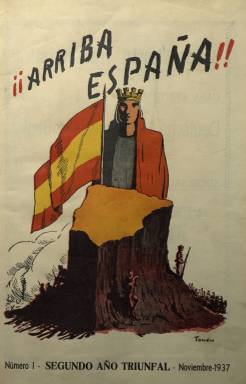
Título: ¡Arriba España! (Lima)
Colección: Guerra civil
Ámbito geográfico: Perú
Lugar de publicación: Lima
Fechas: 01/11/1937-30/06/1938

Esta revista de periodicidad mensual es una ‘rara avis’ de la época de la Guerra Civil española. Se trata de una publicación del bando nacionalista editada en Lima por el llamado Órgano de los Españoles Nacionalistas del Perú. La colonia española en el Perú no era muy grande, pero mayoritariamente se inclinó por el bando nacional al inicio de la contienda. La componían en su mayor parte profesiones liberales, comerciantes y representantes de firmas empresariales.

  La publicación comenzó a editarse en noviembre de 1937 cuando la guerra duraba ya 15 meses y los nacionales habían logrado conquistar la zona norte de España. Mes a mes, en todos los números de la revista pueden verse balances de la contienda con mapas que delinean los límites territoriales del bando nacional y la zona roja, como es llamado siempre el bando republicano.

   Su título, ¡Arriba España!, está tomado del lema ideado por el fundador de la Falange, José Antonio Primo de Rivera, a quien la revista le dedicará panegíricos en casi todos sus números, citándole como El Ausente, dado su fusilamiento en Alicante en los primeros meses de la guerra. En el primer número podrá verse el himno y partitura de la Falange, el Cara al Sol, composición en la que también José Antonio tuvo una participación destacada.

   Lógicamente, las páginas dedicadas a Franco, el Caudillo, ocuparán amplio espacio en la publicación, no habiendo número en el que no aparezca su figura y alabanzas a su acción como conductor del ejército victorioso.

 Aparte de los contenidos relacionados con la guerra, que ocupan la mayor parte de las páginas, pueden leerse también grandes reportajes, incluso con continuación en el número siguiente, como uno dedicado a la España rural y a las producciones agrarias españolas, en las que podemos leer, por ejemplo, como España era ya el primer productor mundial de aceite de oliva.

La única página en color de la revista era la cubierta, aunque en ocasiones también alguna hoja interior. Casi todos los números en posesión de la Biblioteca Nacional constan de 60 páginas o más, muchas de ellas dedicadas a publicidad, tanto en las primeras como en las últimas páginas. Toda esta profusión de anuncios debió de contribuir en gran medida a la financiación de la publicación.

  Los reportajes gráficos, con páginas llenas de fotos, también fueron frecuentes, como las dedicadas a difundir las obras del Auxilio Social de la Falange.

  La publicación contaba con el apoyo del gobierno dictatorial del presidente peruano, Óscar Benavides, que fue uno de los primeros gobernantes latinoamericanos en expresar su apoyo a la rebelión militar contra el gobierno de la República. La embajada peruana en Madrid sirvió de hecho de refugio a muchos simpatizantes del bando nacional.

  Tal y como se puede leer en la misma revista, su contenido era visado por la representación oficial del generalísimo Franco.

  El último número que posee la BNE es doble, dado que incluye los meses de mayo y junio de 1938. Parece ser que fue el último que se publicó, aunque no hay certeza sobre ello.

[Descripción publicada el 17/08/2022]